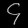
Digit: ၄